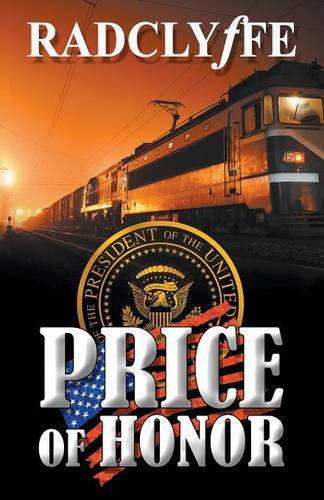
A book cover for Price of Honor; Radclyffe; Romance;